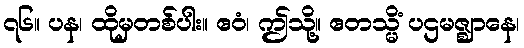
၇၆။ ပန၊ ထိုမှတစ်ပါး။ ဧဝံ၊ ဤသို့။ ဧတသ္မိံ ပဌမဇ္ဈာနေ၊